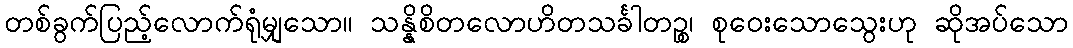
တစ်ခွက်ပြည့်လောက်ရုံမျှသော။ သန္နိစိတလောဟိတသင်္ခါတဉ္စ၊ စုဝေးသောသွေးဟု ဆိုအပ်သော